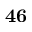
\bf { 4 6 }